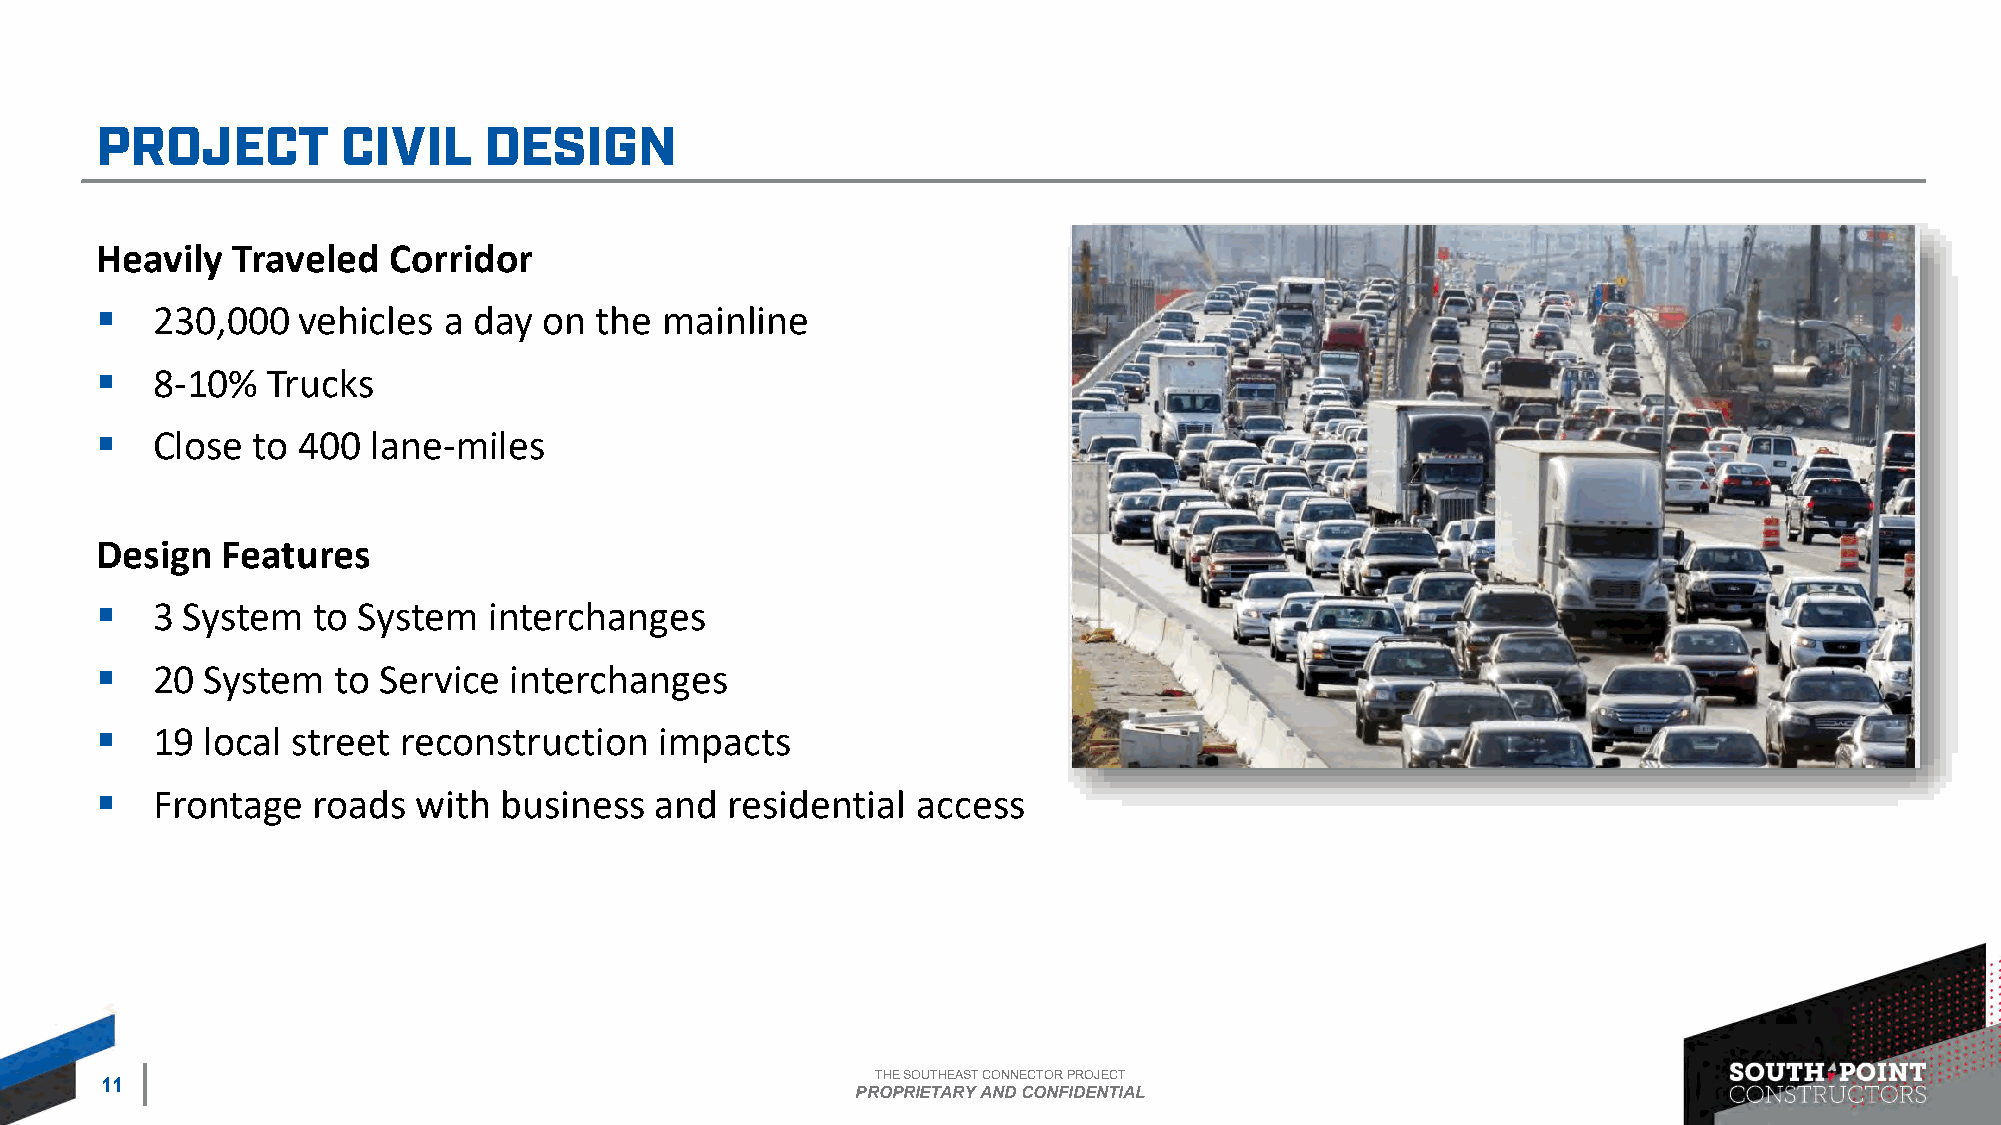
Heavily  Traveled   Corridor
 ▪   230,000   vehicles a day  on the  mainline
 ▪   8-10%   Trucks
 ▪   Close  to 400  lane-miles
 Design   Features
 ▪   3 System   to System  interchanges
 ▪   20  System  to Service  interchanges
 ▪   19  local street reconstruction   impacts
 ▪   Frontage   roads  with business  and  residential  access
 THE SOUTHEAST CONNECTOR PROJECT
 11
 PROPRIETARY AND CONFIDENTIAL